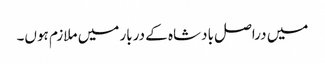
میں دراصل بادشاہ کے دربار میں ملازم ہوں۔